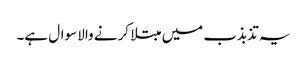
یہ تذبذب میں مبتلا کرنے والا سوال ہے۔